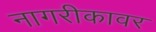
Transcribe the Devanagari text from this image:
नागरीकावर